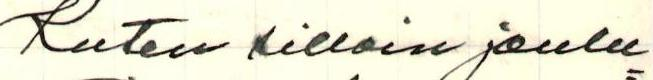
Kuten silloin joulu=